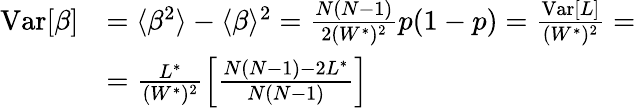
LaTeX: \begin{array}{rl}{\mathrm{Var}[\beta]}&{=\langle\beta^{2}\rangle-\langle\beta\rangle^{2}=\frac{N(N-1)}{2(W^{*})^{2}}p(1-p)=\frac{\mathrm{Var}[L]}{(W^{*})^{2}}=}\\ &{=\frac{L^{*}}{(W^{*})^{2}}\left[\frac{N(N-1)-2L^{*}}{N(N-1)}\right]}\end{array}